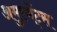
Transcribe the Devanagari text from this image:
अमुस्मेंट्स